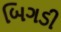
બિગડી